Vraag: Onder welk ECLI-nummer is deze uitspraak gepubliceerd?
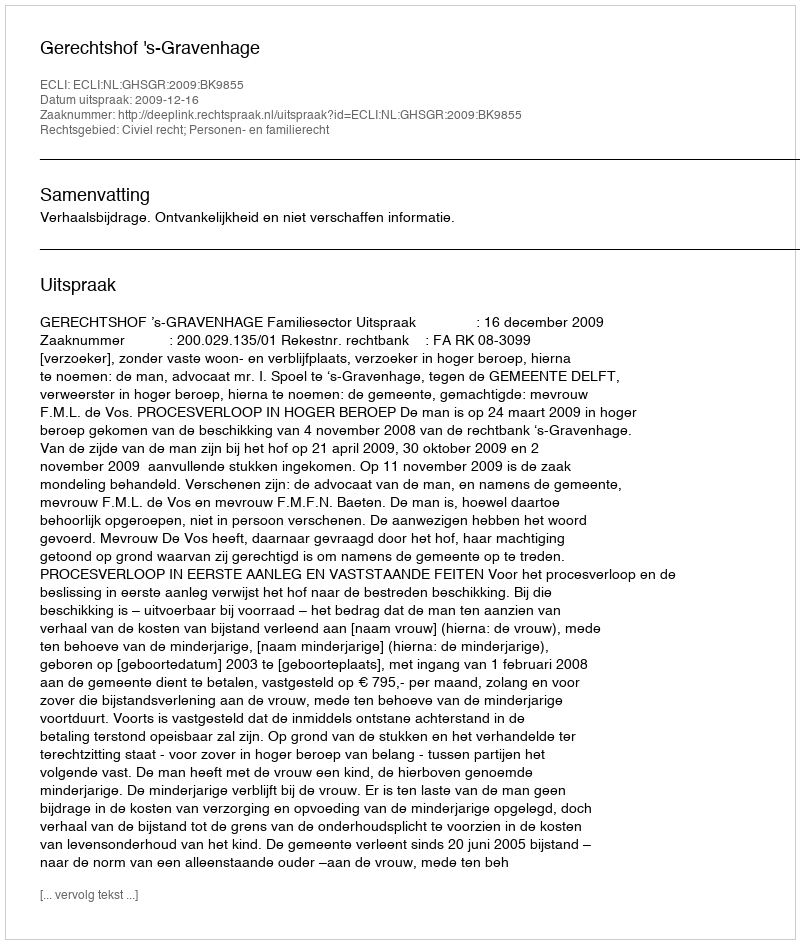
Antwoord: ECLI:NL:GHSGR:2009:BK9855